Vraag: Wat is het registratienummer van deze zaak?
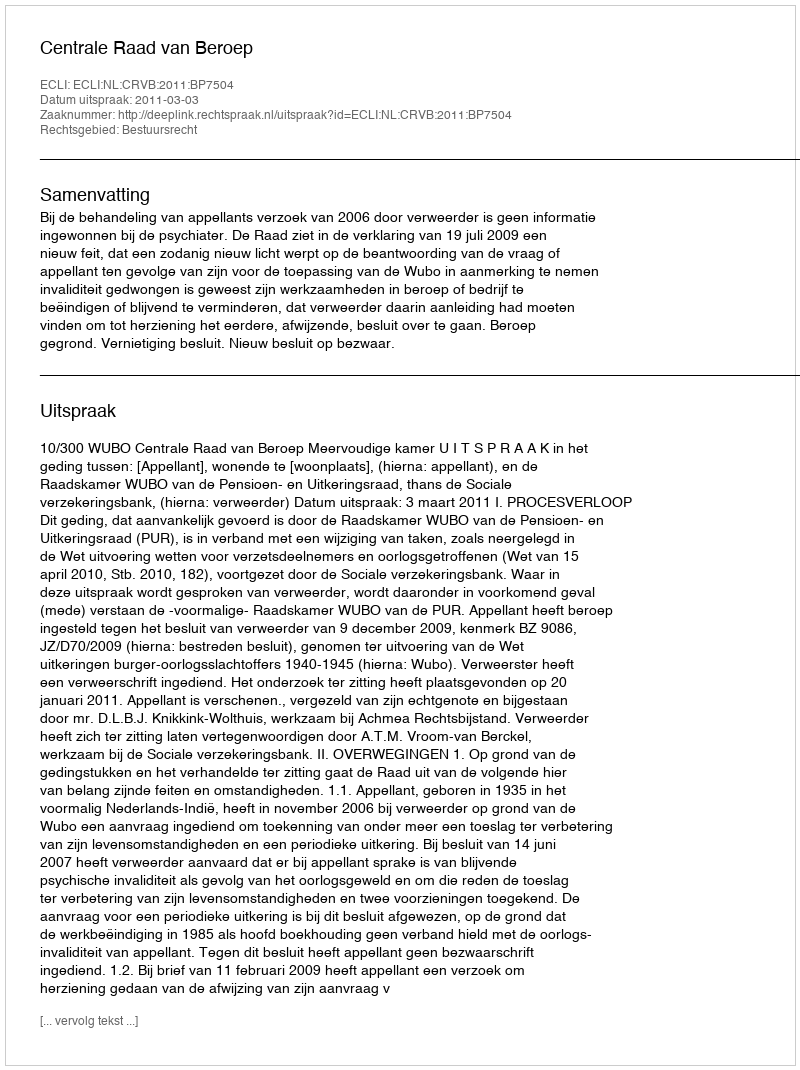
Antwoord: http://deeplink.rechtspraak.nl/uitspraak?id=ECLI:NL:CRVB:2011:BP7504